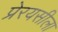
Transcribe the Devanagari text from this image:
प्रेरयसीला